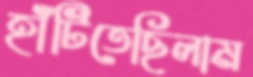
হাঁটিতেছিলাম